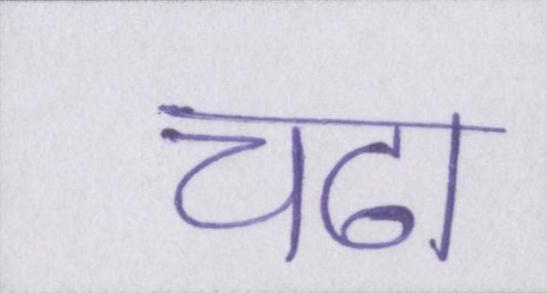
चढा